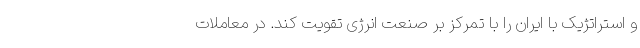
و استراتژیک با ایران را با تمرکز بر صنعت انرژی تقویت کند. در معاملات